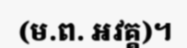
(ម.ព. អវគ្គ)។